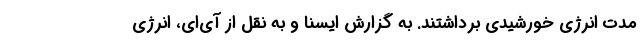
مدت انرژی خورشیدی برداشتند. به گزارش ایسنا و به نقل از آی‌ای، انرژی